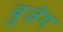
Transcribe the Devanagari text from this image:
वुज़ेम